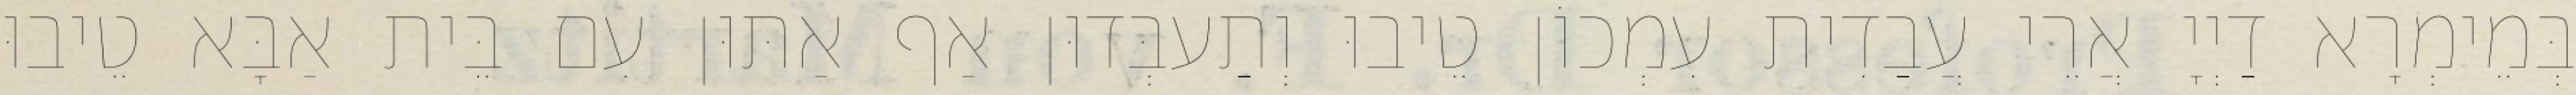
בְּמֵימְרָא דַיְיָ אֲרֵי עֲבַדִית עִמְכוֹן טֵיבוּ וְתַעבְּדוּן אַף אַתּוּן עִם בֵּית אַבָּא טֵיבוּ